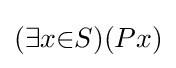
(\exists x{\in }S)(Px)